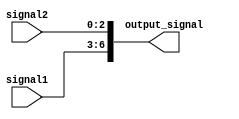
module concat_example(
    input [3:0] signal1, 
    input [2:0] signal2, 
    output [6:0] output_signal
);

assign output_signal = {signal1, signal2}; // Concatenating signal1 and signal2

endmodule